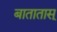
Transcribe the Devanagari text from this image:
बातातास्